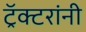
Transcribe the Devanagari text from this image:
ट्रॅक्टरांनी